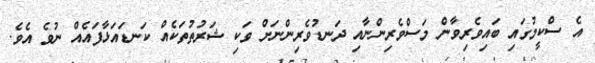
އެ ސްކީމުގައި ބައިވެރިވާން މަސްވެރިންނާއި ދަނޑުވެރިންނަށް ވަކި ޝަރުތުތަކެއް ކަނޑައަޅާފައެއް ނުވެ އެވެ.